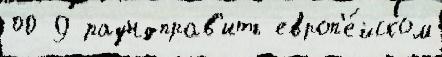
00 9 раундправ'ить европ'е́йском